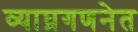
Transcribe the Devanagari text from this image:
व्याघ्रगणनेत